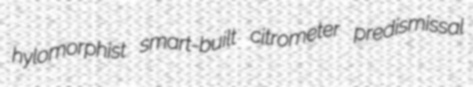
hylomorphist smart-built citrometer predismissal